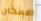
الامكان